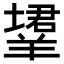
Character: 𬙹